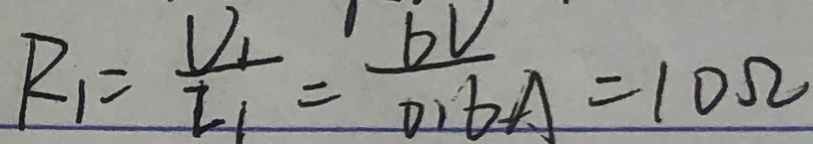
R _ { 1 } = \frac { U _ { 1 } } { I _ { 1 } } = \frac { b V } { 0 . 6 } A = 1 0 \Omega